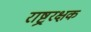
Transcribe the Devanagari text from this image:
राष्ट्ररक्षक